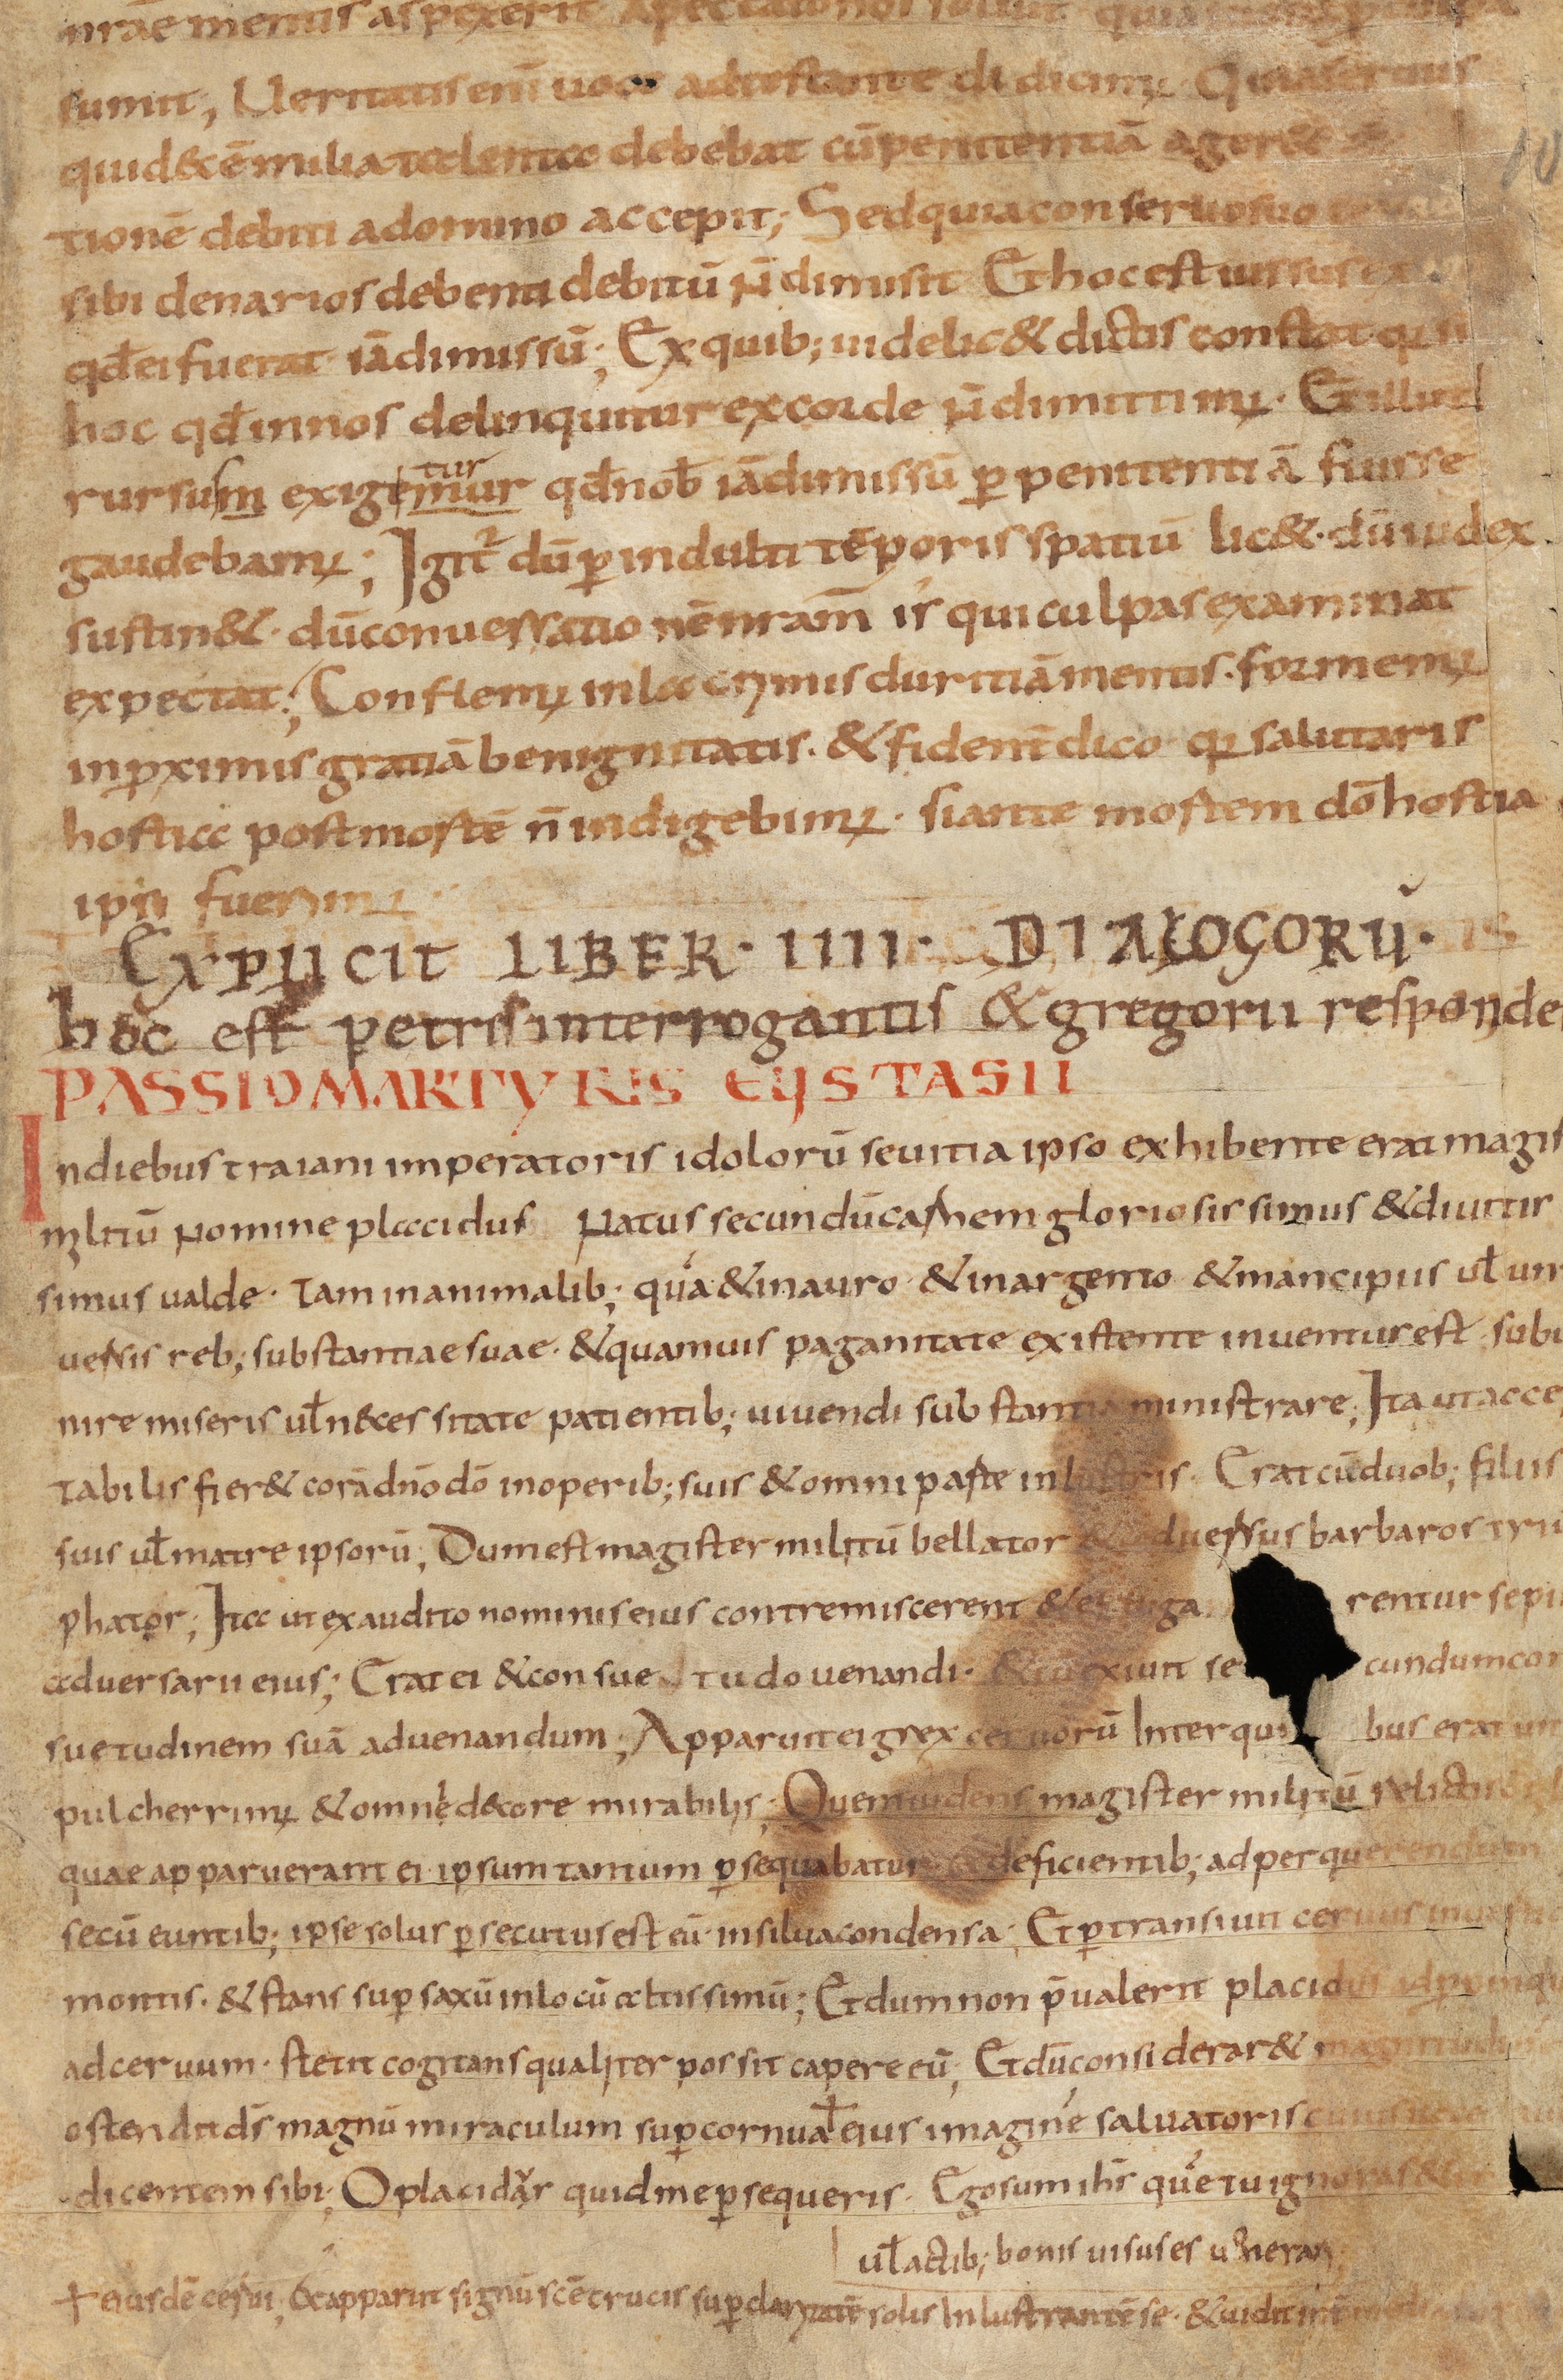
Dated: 800–849